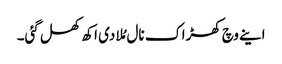
اینے وچ کھڑاک نال مُلا دی اکھ کھل گئی۔